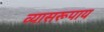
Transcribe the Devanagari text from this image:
व्यासरूपाय